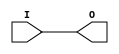
module IBUFG_LVDS (O, I);

    output O;

    input  I;

	buf B1 (O, I);


endmodule